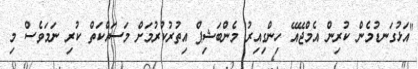
"އަޅުގަނޑުމެން ކުރިން އެމްޖޭއޭ ހިންގިއިރު މެންބަޝިޕް އިތުރުކުރުމަށް މަސައްކަތް ކުރި ނަމަވެސް މި